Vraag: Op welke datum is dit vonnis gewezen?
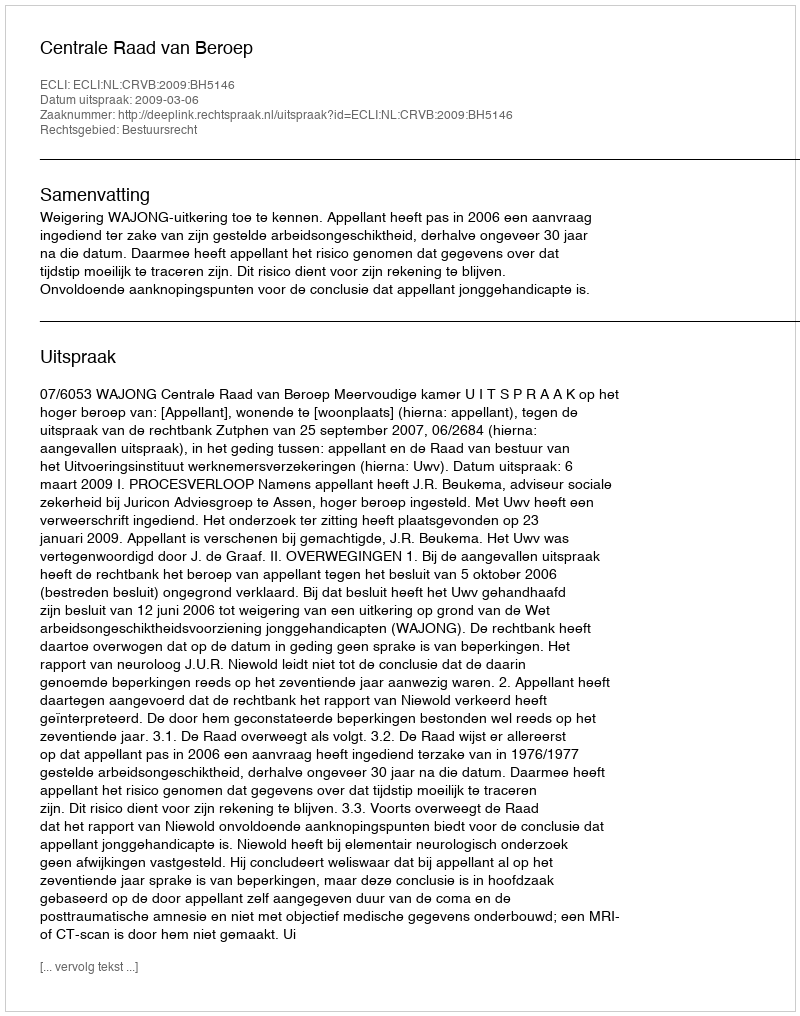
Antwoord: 2009-03-06